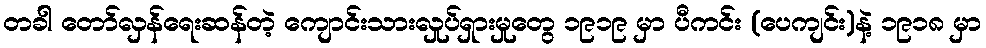
တခါ တော်လှန်ရေးဆန်တဲ့ ကျောင်းသားလှုပ်ရှားမှုတွေ ၁၉၁၉ မှာ ပီကင်း (ပေကျင်း)နဲ့ ၁၉၁၈ မှာ